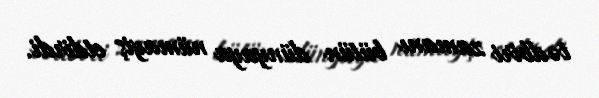
tədbiri zamanı bütün dünyaya nümayiş etdirdi.